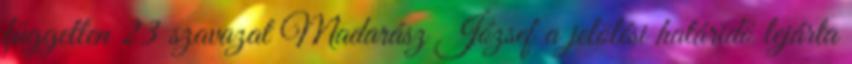
független 23 szavazat Madarász József a jelölési határidő lejárta